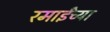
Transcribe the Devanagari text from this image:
रमाईंच्या